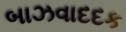
બાઝવાદદક